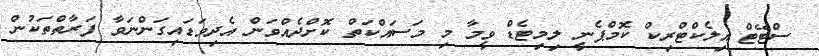
ސްޓޭޓް އިލެކްޓްރިކް ކޮމްޕެނީ ލިމިޓެޑް ވީމާ މި މަސައްކަތް ކޮށްދެއްވަން އެދިވަޑައިގަންނަވާ ފަރާތްތަކުން